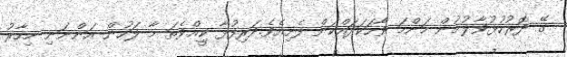
ގޭ ދޮރުހުޅުވާލުމުން މަންމަ ވާހަކަދައްކަން ފެށިއެވެ.ދަރިފުޅާ ކިީއްވެތަ މާ ލަހުން އަންނަނި މިހާރު